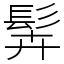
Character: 䯵